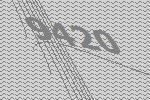
9420